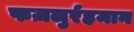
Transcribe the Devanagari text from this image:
फज़लुर्रहमान